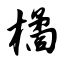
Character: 橘